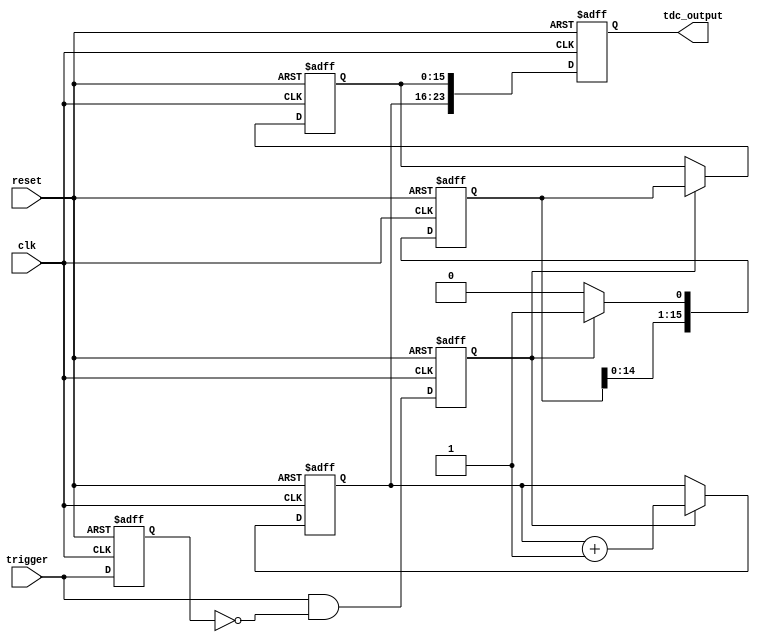
module hybrid_tdc #(
    parameter DELAY_LINE_SIZE = 16,  // Number of delay elements
    parameter COUNTER_WIDTH = 8,      // Width of the counter
    parameter CLK_FREQ = 100_000_000  // Clock frequency in Hz
)(
    input wire clk,                    // System clock
    input wire reset,                  // Asynchronous reset
    input wire trigger,                // Input trigger signal
    output reg [COUNTER_WIDTH + DELAY_LINE_SIZE - 1:0] tdc_output // TDC output
);

    // Delay line signals
    reg [DELAY_LINE_SIZE-1:0] delay_line; // Delay line storage
    reg [COUNTER_WIDTH-1:0] counter;       // Coarse time counter
    reg [DELAY_LINE_SIZE-1:0] fine_measure; // Fine measurement from delay line
    reg trigger_edge;                      // Edge detection for trigger
    reg trigger_last;                      // Last state of trigger for edge detection

    // Edge detection for trigger
    always @(posedge clk or posedge reset) begin
        if (reset) begin
            trigger_last <= 0;
            trigger_edge <= 0;
        end else begin
            trigger_edge <= (trigger && !trigger_last); // Rising edge detection
            trigger_last <= trigger;
        end
    end

    // Delay line implementation (simple shift register for demonstration)
    always @(posedge clk or posedge reset) begin
        if (reset) begin
            delay_line <= 0;
        end else begin
            delay_line <= {delay_line[DELAY_LINE_SIZE-2:0], 1'b0}; // Shift left
            if (trigger_edge) begin
                delay_line[0] <= 1'b1; // Set the first element on trigger
            end
        end
    end

    // Counter for coarse time measurement
    always @(posedge clk or posedge reset) begin
        if (reset) begin
            counter <= 0;
        end else if (trigger_edge) begin
            counter <= counter + 1; // Increment on trigger edge
        end
    end

    // Fine measurement logic
    always @(posedge clk or posedge reset) begin
        if (reset) begin
            fine_measure <= 0;
        end else if (trigger_edge) begin
            fine_measure <= delay_line; // Capture the delay line state
        end
    end

    // Output register combining coarse and fine measurements
    always @(posedge clk or posedge reset) begin
        if (reset) begin
            tdc_output <= 0;
        end else begin
            tdc_output <= {counter, fine_measure}; // Combine coarse and fine
        end
    end

endmodule